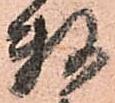
数